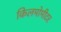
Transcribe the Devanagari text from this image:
किलमोमीटर